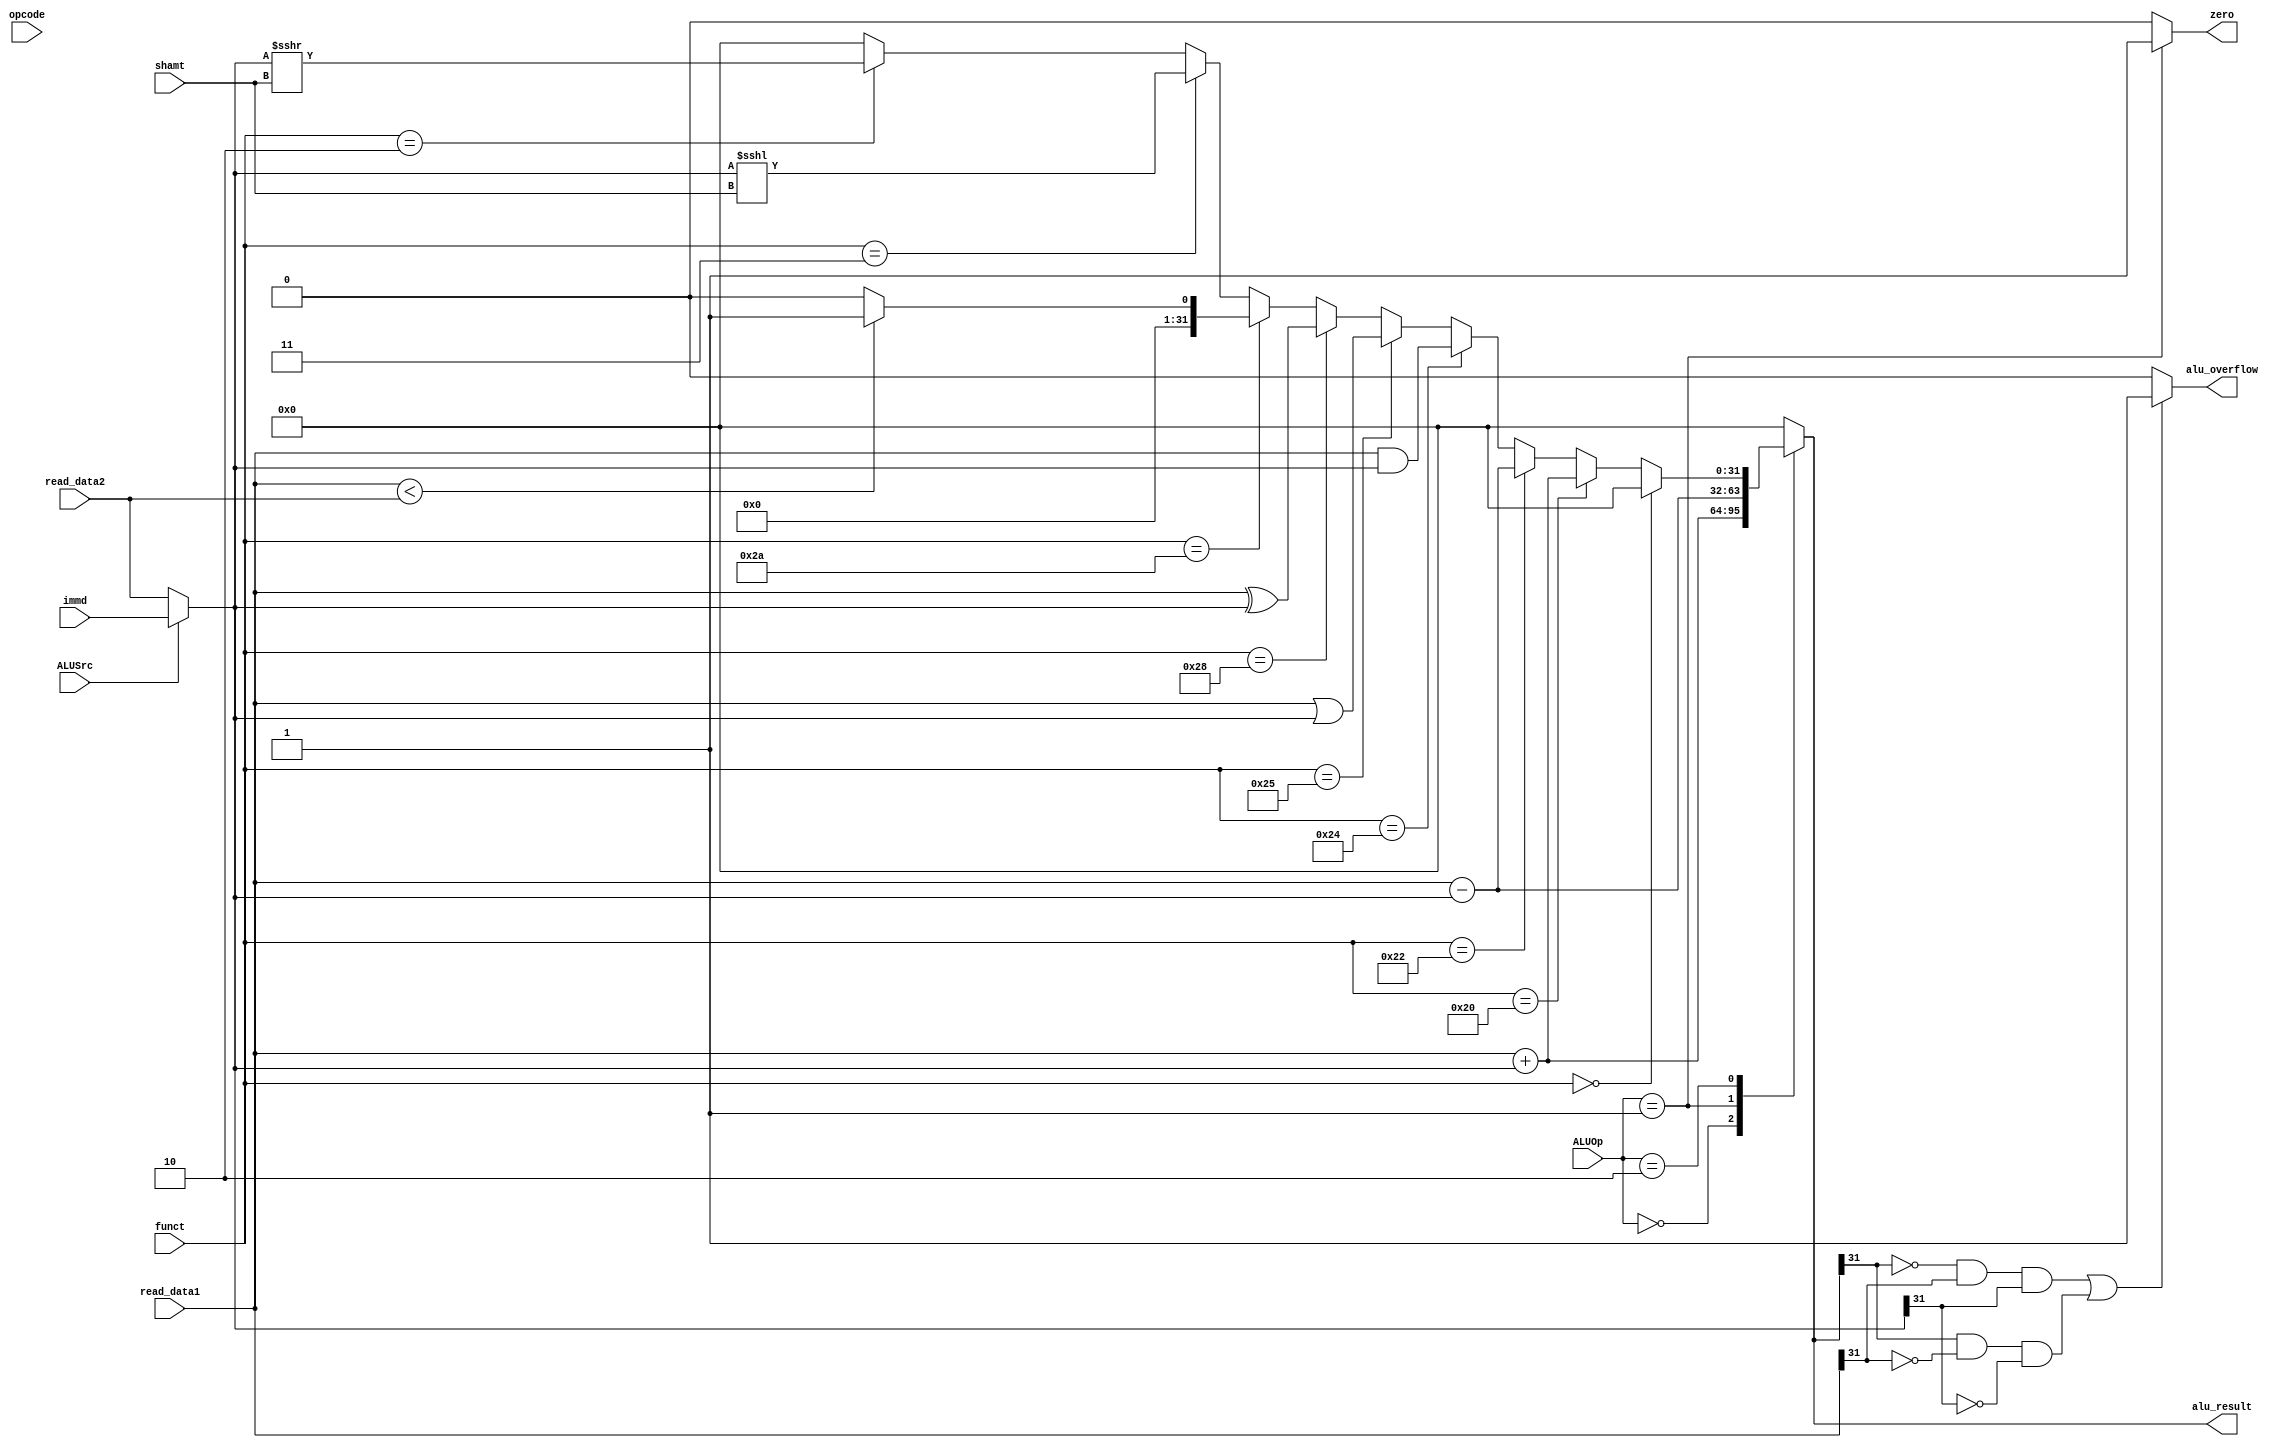
module alu(
  // input en_exe,
  input signed [31:0]      read_data1,
  input signed [31:0]      read_data2,
  input [5:0]              opcode,
  input [4:0]              shamt,
  input [5:0]              funct,
  input signed [31:0]      immd,
  input [1:0]              ALUOp,
  input                    ALUSrc,
  output reg signed [31:0] alu_result,
  output reg               alu_overflow,
  output reg               zero // for branch condition
);

localparam NOP = 6'b00_0000, ADD = 6'b10_0000, SUB = 6'b10_0010,
           AND = 6'b10_0100, OR = 6'b10_0101, XOR = 6'b10_1000,
           SLT = 6'b10_1010, SLL = 6'b00_0011, SRL = 6'b00_0010;

reg signed [31:0] src1, src2;

// MUX controlled by ALUSrc
always@(*) begin
  if(ALUSrc==1'b1) begin
    src2 = immd;       //sign extension
  end
  else begin
    src2 = read_data2; //Rt
  end
end

always@(*) begin
  src1 = read_data1;   //Rs
end

always@(*)begin
  case(ALUOp)
    2'b00: begin
      alu_result = src1 + src2;    //add  for Itype, LW, SW
      zero = 1'b0;
    end
    2'b01: begin
      alu_result = src1 - src2;    //sub  for BEQ instruction
      zero = 1'b1;
    end
    2'b10: begin            //Rtype
      zero = 1'b0;
      if(funct==NOP) begin
        alu_result = 32'd0;
      end
      else if(funct==ADD) begin
        alu_result = src1 + src2;
      end
      else if(funct==SUB) begin
        alu_result = src1 - src2;
      end
      else if(funct==AND) begin
        alu_result = src1 & src2;
      end
      else if(funct==OR) begin
        alu_result = src1 | src2;
      end
      else if(funct==XOR) begin
        alu_result = src1 ^ src2;
      end
      else if(funct==SLT) begin
        if(read_data1 < read_data2) begin
          alu_result = 32'd1;
        end
        else begin
          alu_result = 32'd0;
        end
      end
      else if(funct==SLL) begin
        alu_result = src2 <<< shamt;
      end
      else if(funct==SRL) begin
        alu_result = src2 >>> shamt;
      end
      else begin
        alu_result = 32'd0;
      end
    end
    default: begin
      alu_result = 32'd0;
      zero = 1'b0;
    end
  endcase
end

always@(*) begin
  if( (alu_result[31]==0 && src1[31]==1 && src2[31]==1 )||( alu_result[31]==1  && src1[31]==0 && src2[31]==0 ) )
    alu_overflow = 1'b1;
  else
    alu_overflow = 1'b0;
end

endmodule